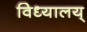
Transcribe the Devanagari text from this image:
विध्यालय्